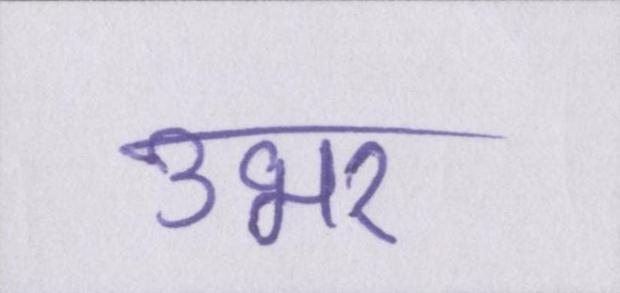
उभर